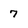
Character: 7